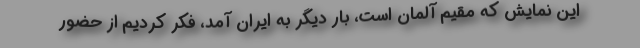
این نمایش که مقیم آلمان است، بار دیگر به ایران آمد، فکر کردیم از حضور